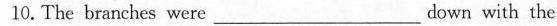
10.The branches were ___ down with the